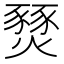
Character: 燹